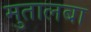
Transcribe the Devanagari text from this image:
मुतालबा